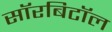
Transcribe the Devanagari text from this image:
सॉरबिटॉल